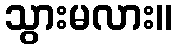
သွားမလား။